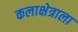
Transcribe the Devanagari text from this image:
कलाक्षेत्राला